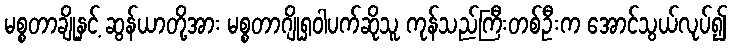
မစ္စတာချိုနှင့် ဆွန်ယာတို့အား မစ္စတာဂျိုရှဝါပက်ဆိုသူ ကုန်သည်ကြီးတစ်ဦးက အောင်သွယ်လုပ်၍